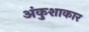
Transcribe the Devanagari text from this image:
अंकुशाकार